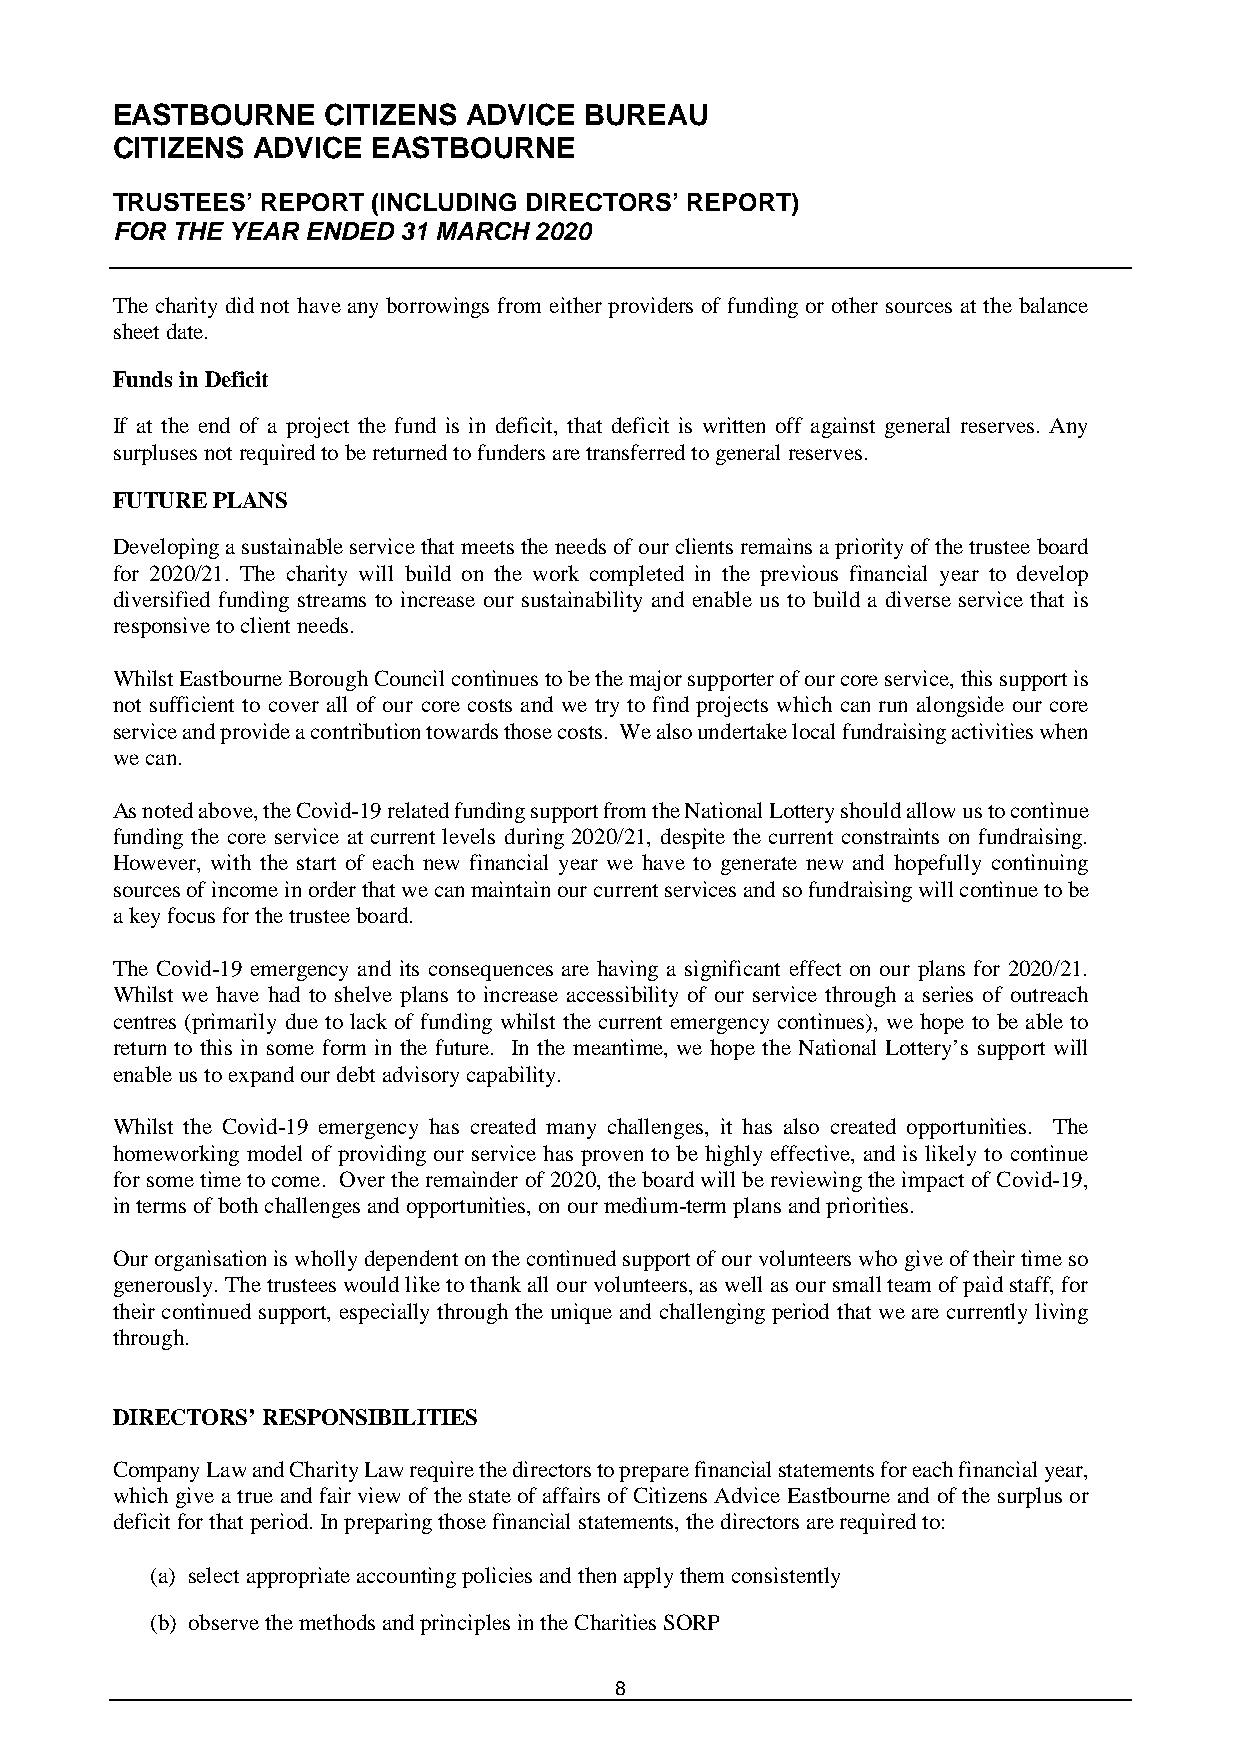
EASTBOURNE    CITIZENS  ADVICE  BUREAU
 CITIZENS  ADVICE  EASTBOURNE
 TRUSTEES’ REPORT  (INCLUDING DIRECTORS’ REPORT)
 FOR THE YEAR ENDED 31 MARCH 2020
 The charity did not have any borrowings from either providers of funding or other sources at the balance
 sheet date.
 Funds in Deficit
 If at the end of a project the fund is in deficit, that deficit is written off against general reserves. Any
 surpluses not required to be returned to funders are transferred to general reserves.
 FUTURE PLANS
 Developing a sustainable service that meets the needs of our clients remains a priority of the trustee board
 for 2020/21. The charity will build on the work completed in the previous financial year to develop
 diversified funding streams to increase our sustainability and enable us to build a diverse service that is
 responsive to client needs.
 Whilst Eastbourne Borough Council continues to be the major supporter of our core service, this support is
 not sufficient to cover all of our core costs and we try to find projects which can run alongside our core
 service and provide a contribution towards those costs. We also undertake local fundraising activities when
 we can.
 As noted above, the Covid-19 related funding support from the National Lottery should allow us to continue
 funding the core service at current levels during 2020/21, despite the current constraints on fundraising.
 However, with the start of each new financial year we have to generate new and hopefully continuing
 sources of income in order that we can maintain our current services and so fundraising will continue to be
 a key focus for the trustee board.
 The Covid-19 emergency and its consequences are having a significant effect on our plans for 2020/21.
 Whilst we have had to shelve plans to increase accessibility of our service through a series of outreach
 centres (primarily due to lack of funding whilst the current emergency continues), we hope to be able to
 return to this in some form in the future. In the meantime, we hope the National Lottery’s support will
 enable us to expand our debt advisory capability.
 Whilst the Covid-19 emergency has created many challenges, it has also created opportunities. The
 homeworking model of providing our service has proven to be highly effective, and is likely to continue
 for some time to come. Over the remainder of 2020, the board will be reviewing the impact of Covid-19,
 in terms of both challenges and opportunities, on our medium-term plans and priorities.
 Our organisation is wholly dependent on the continued support of our volunteers who give of their time so
 generously. The trustees would like to thank all our volunteers, as well as our small team of paid staff, for
 their continued support, especially through the unique and challenging period that we are currently living
 through.
 DIRECTORS’ RESPONSIBILITIES
 Company Law and Charity Law require the directors to prepare financial statements for each financial year,
 which give a true and fair view of the state of affairs of Citizens Advice Eastbourne and of the surplus or
 deficit for that period. In preparing those financial statements, the directors are required to:
 (a) select appropriate accounting policies and then apply them consistently
 (b) observe the methods and principles in the Charities SORP
 8